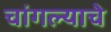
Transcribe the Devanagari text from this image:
चांगल्याचे